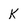
Character: K